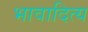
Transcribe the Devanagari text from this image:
भावादित्य